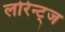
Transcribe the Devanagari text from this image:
लोरेन्ट्ज